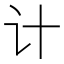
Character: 计